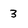
Character: 3